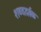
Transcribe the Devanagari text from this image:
शब्ददर्वळ